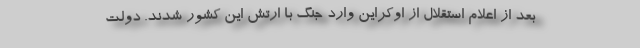
بعد از اعلام استقلال از اوکراین وارد جنگ با ارتش این کشور شدند. دولت